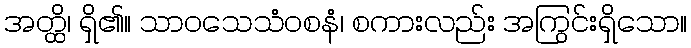
အတ္ထိ၊ ရှိ၏။ သာဝသေသံဝစနံ၊ စကားလည်း အကြွင်းရှိသော။